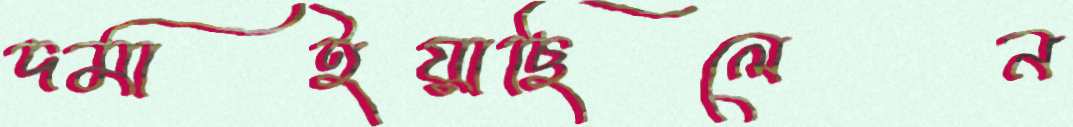
দমাইয়াছিলেন